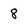
Character: 8